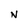
Character: N